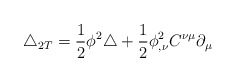
\begin{align*}\triangle_{2T}=\frac{1}{2}\phi^{2}\triangle+\frac{1}{2}\phi^{2}_{,\nu}C^{\nu\mu}\partial_{\mu}\end{align*}